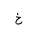
Letter: _kha